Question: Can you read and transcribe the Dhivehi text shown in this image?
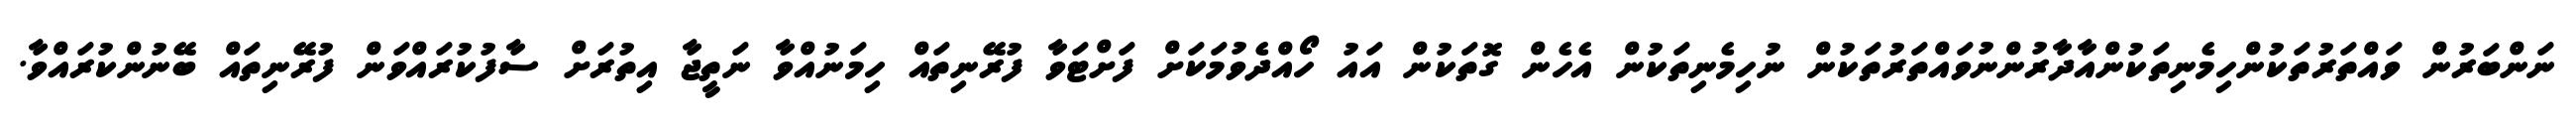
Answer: ނަންބަރުން ވައްތަރުތަކުންހިމެނިތަކުންއާދާރުންނުވައްތަރުތަކުން ނުހިމެނިތަކުން އެހެން ގޮތަކުން އައު ހޯއްދެވުމަކަށް ފަށްޓަވާ ފުރޭނިތައް ހިމަނުއްވާ ނަތީޖާ އިތުރަށް ސާފުކުރައްވަން ފުރޭނިތައް ބޭނުންކުރައްވާ.